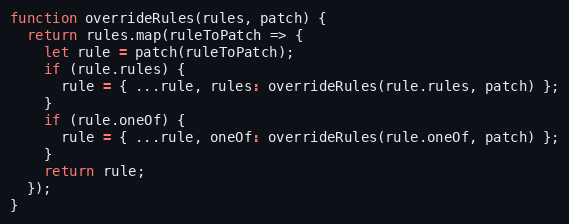
Language: JavaScript
function overrideRules(rules, patch) {
  return rules.map(ruleToPatch => {
    let rule = patch(ruleToPatch);
    if (rule.rules) {
      rule = { ...rule, rules: overrideRules(rule.rules, patch) };
    }
    if (rule.oneOf) {
      rule = { ...rule, oneOf: overrideRules(rule.oneOf, patch) };
    }
    return rule;
  });
}